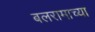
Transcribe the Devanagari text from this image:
बलरामाच्या